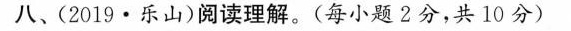
八、(2019·乐山)阅读理解.(每小题 2分,共 10 分)